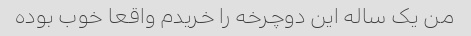
من یک ساله این دوچرخه را خریدم واقعا خوب بوده